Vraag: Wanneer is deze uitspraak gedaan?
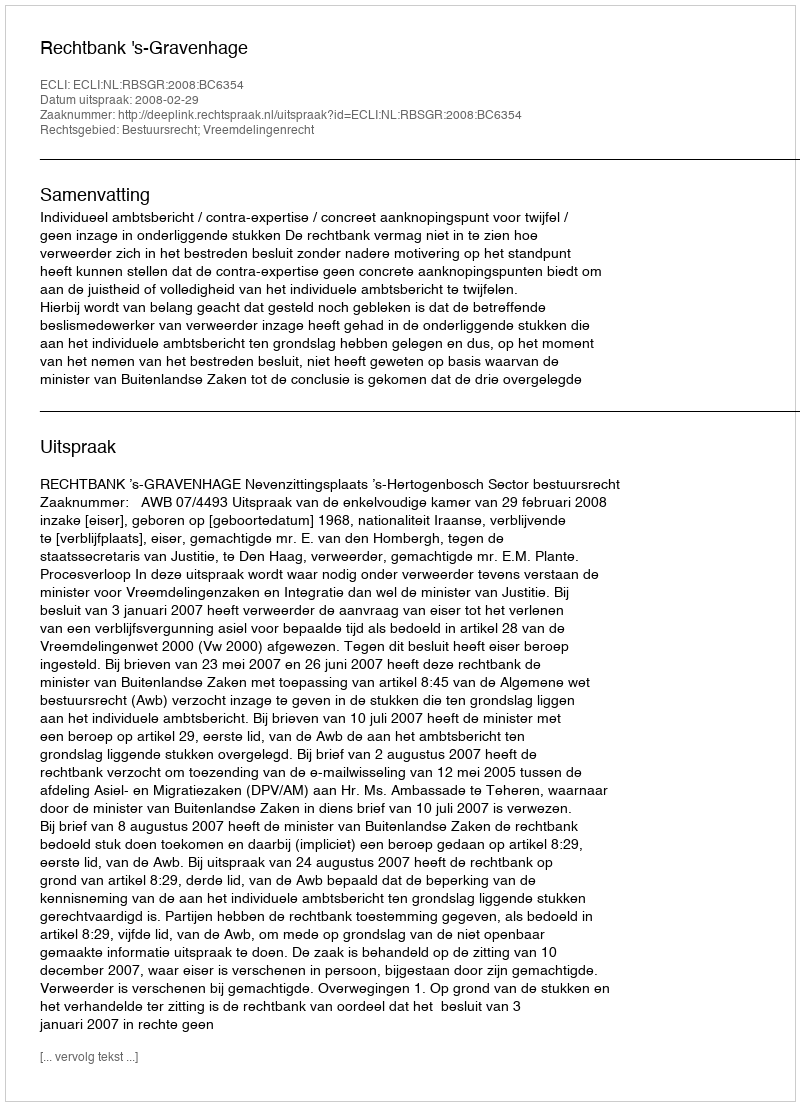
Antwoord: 2008-02-29